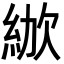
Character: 𣣜